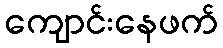
ကျောင်းနေဖက်